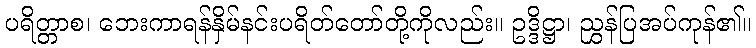
ပရိတ္တာစ၊ ဘေးကာရန်နှိမ်နင်းပရိတ်တော်တို့ကိုလည်း။ ဥဒ္ဒိဋ္ဌာ၊ ညွှန်ပြအပ်ကုန်၏။